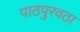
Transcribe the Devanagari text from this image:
पाठपुरवठा